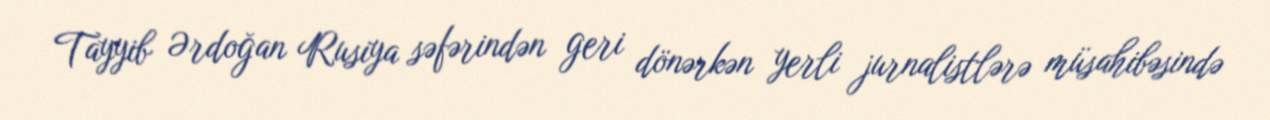
Tayyib Ərdoğan Rusiya səfərindən geri dönərkən yerli jurnalistlərə müsahibəsində